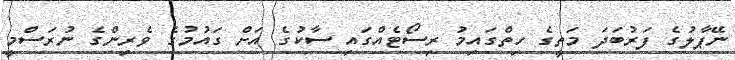
ނޭޕާލުގެ ފަރުބަދަ މަތީގެ ހިތްގައިމު ރިސޯޓެއްގައި ސާކުގެ އަށް ގައުމުގެ ވެރިންގެ ނުރަސްމީ